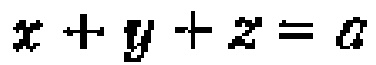
\(x + y + z = a\)